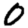
Digit: 0